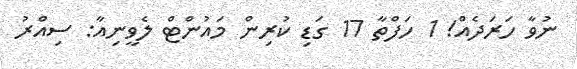
ނުވާ ހަރަދެއް! 1 ހަފްތާ 17 ގަޑި ކުރިން މައުންޓް ލެވީނިއާ: ސިއްރު